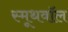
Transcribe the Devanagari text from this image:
स्मूथवॉल